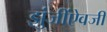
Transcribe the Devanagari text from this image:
झुंजींऐवजी